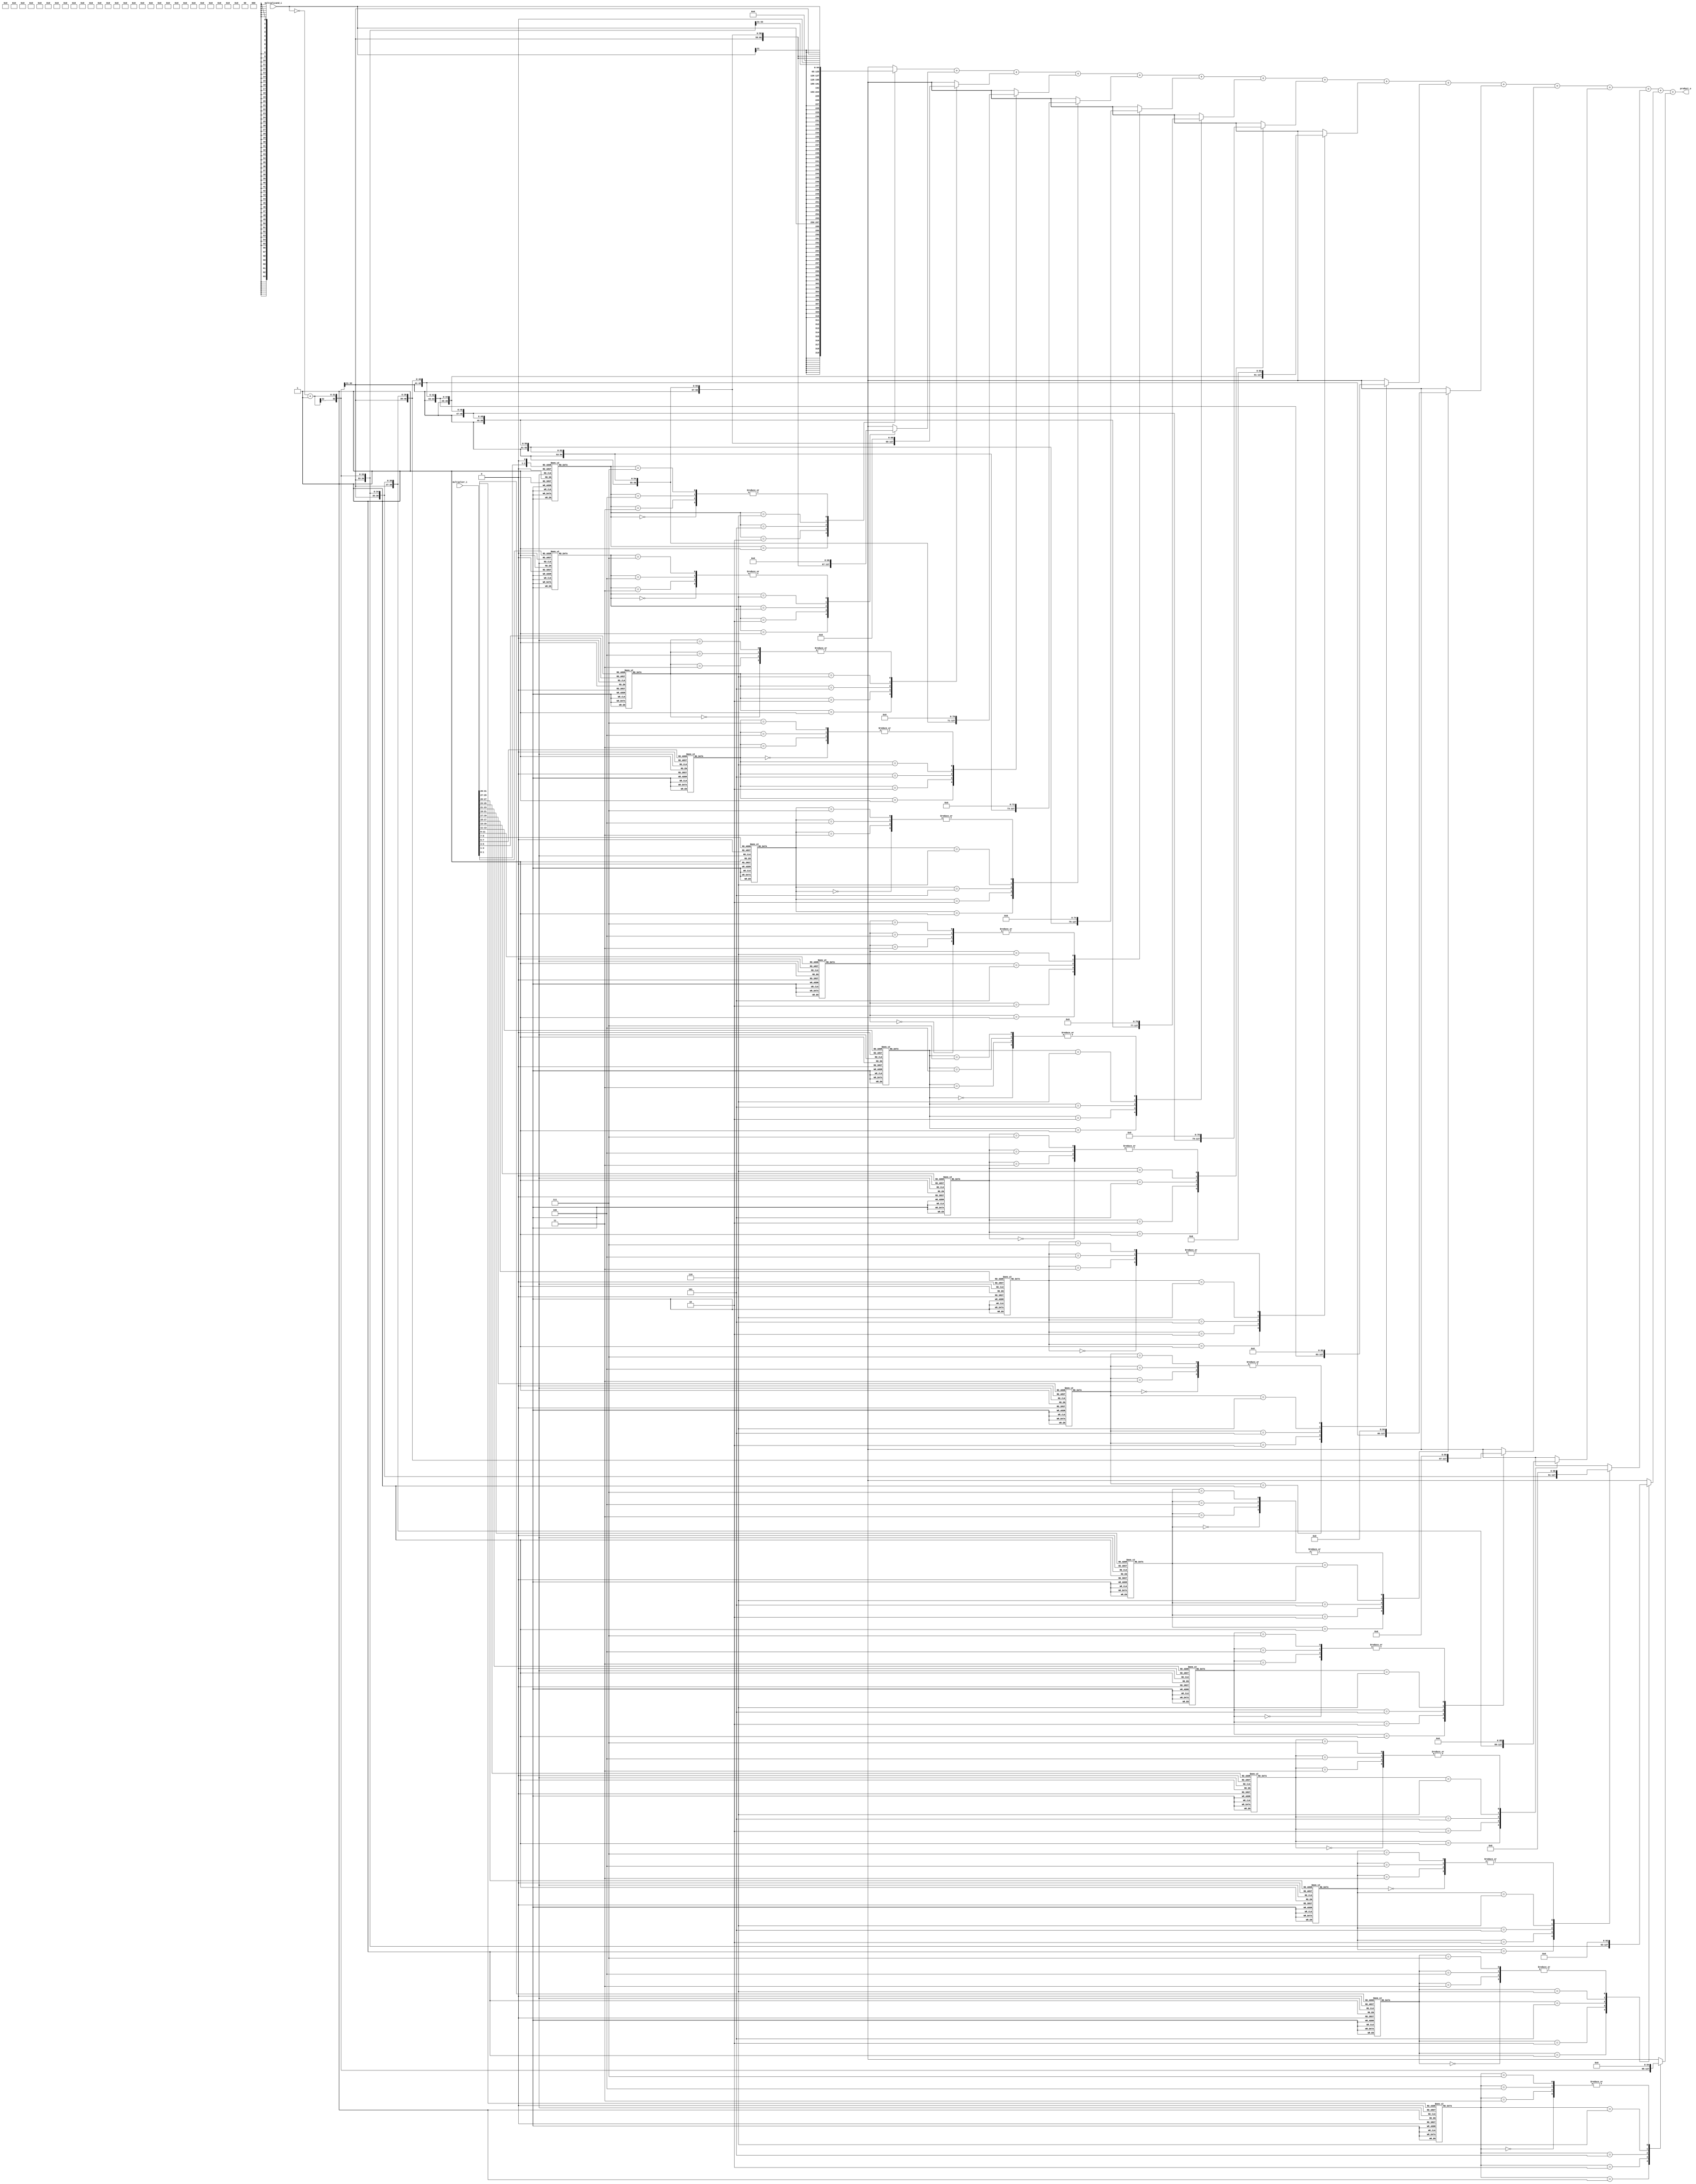
`timescale 1ns/1ns
module mul (
    input [31:0] multiplicand_i,
    input [31:0] multiplier_i,
    output reg [63:0] product_o
);
    //Booth Encode
    reg [47:0] encoded_multiplier;
    wire [32:0] extened_multiplier = {multiplier_i, 1'b0};    
    genvar i;
    generate
        for(i=0; i<=15; i=i+1)begin
            always @(*) begin
                case(extened_multiplier[2*i+:3])
                    0: encoded_multiplier[3*i+:3] = 3'b000;
                    7: encoded_multiplier[3*i+:3] = 3'b000;
                    1: encoded_multiplier[3*i+:3] = 3'b001;
                    2: encoded_multiplier[3*i+:3] = 3'b001;
                    3: encoded_multiplier[3*i+:3] = 3'b010;
                    4: encoded_multiplier[3*i+:3] = 3'b110;
                    5: encoded_multiplier[3*i+:3] = 3'b101;
                    6: encoded_multiplier[3*i+:3] = 3'b101;
                    default: encoded_multiplier[3*i+:3] = 0;
                endcase
            end
        end
    endgenerate

    reg [63:0] partial_prod [15:0];
    genvar j;
    generate
        for (j = 0; j<=15; j=j+1 ) begin
            always @(*) begin
                case (encoded_multiplier[3*j+:3])
                    0: partial_prod[j] = 0;
                    1: partial_prod[j] = ($signed(multiplicand_i))<<(2*j);
                    2: partial_prod[j] = ($signed(multiplicand_i))<<(2*j+1);
                    3: partial_prod[j] = 0;
                    4: partial_prod[j] = 0;
                    5: partial_prod[j] = ($signed(~multiplicand_i+1))<<(2*j);
                    6: partial_prod[j] = ($signed(~multiplicand_i+1))<<(2*j+1);
                    7: partial_prod[j] = 0;
                    default:partial_prod[j] = 0;  
                endcase
            end
        end     
    endgenerate

    always @(*) begin
        product_o = partial_prod[0]+partial_prod[1]+partial_prod[2]
        +partial_prod[3]+partial_prod[4]+partial_prod[5]+partial_prod[6]
        +partial_prod[7]+partial_prod[8]+partial_prod[9]+partial_prod[10]
        +partial_prod[11]+partial_prod[12]+partial_prod[13]+partial_prod[14]
        +partial_prod[15];
    end
endmodule